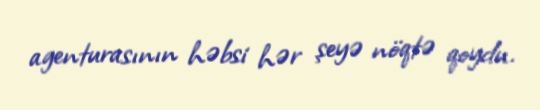
agenturasının həbsi hər şeyə nöqtə qoydu.